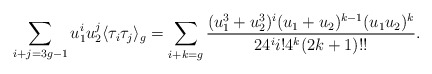
\begin{align*}\sum_{i+j=3g-1}u_1^iu_2^j\langle\tau_i\tau_j\rangle_g=\sum_{i+k=g}\frac{(u_1^{3}+u_2^3)^{i}(u_1+u_2)^{k-1}(u_1u_2)^{k}}{24^{i} i!4^k(2k+1)!!}.\end{align*}